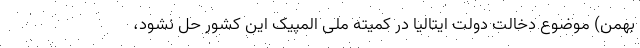
بهمن) موضوع دخالت دولت ایتالیا در کمیته ملی المپیک این کشور حل نشود،